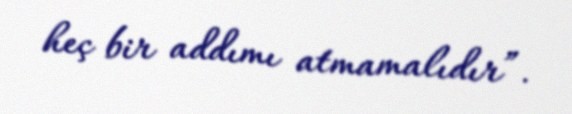
heç bir addımı atmamalıdır”.